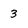
Character: 3